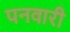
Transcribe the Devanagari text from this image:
पनवारी